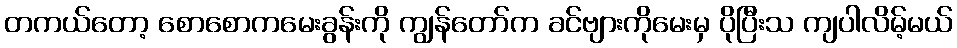
တကယ်တော့ စောစောကမေးခွန်းကို ကျွန်တော်က ခင်ဗျားကိုမေးမှ ပိုပြီးသ ကျပါလိမ့်မယ်